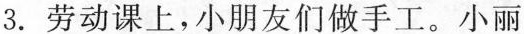
3.劳动课上，小朋友们做手工。小丽